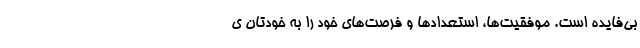
بی‌فایده است. موفقیت‌ها، استعداد‌ها و فرصت‌های خود را به خودتان ی